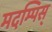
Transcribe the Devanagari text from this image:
मदम्पिस्